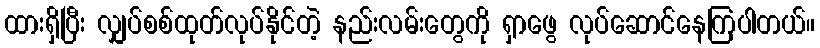
ထားရှိပြီး လျှပ်စစ်ထုတ်လုပ်နိုင်တဲ့ နည်းလမ်းတွေကို ရှာဖွေ လုပ်ဆောင်နေကြပါတယ်။